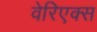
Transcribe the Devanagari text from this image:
वेरिएक्स